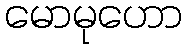
မောမုဟော